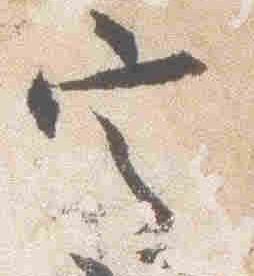
定